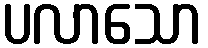
ပလာသော